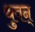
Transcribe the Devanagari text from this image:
थुवन्